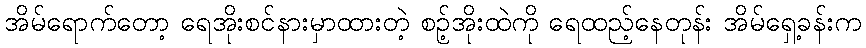
အိမ်ရောက်တော့ ရေအိုးစင်နားမှာထားတဲ့ စဉ့်အိုးထဲကို ရေထည့်နေတုန်း အိမ်ရှေ့ခန်းက